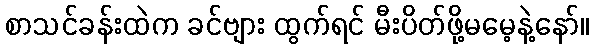
စာသင်ခန်းထဲက ခင်ဗျား ထွက်ရင် မီးပိတ်ဖို့မမေ့နဲ့နော်။